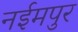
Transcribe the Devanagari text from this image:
नईमपुर